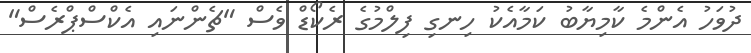
ދުވަހު އެންމެ ކާމިޔާބު ކަމާއެކު ހިނގި ފިލްމުގެ ރެކޯޑް ވެސް "ޗެންނައި އެކްސްޕްރެސް"